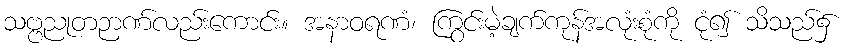
သဗ္ဗညုတဉာဏ်လည်းကောင်း။ အနာဝရဏံ၊ ကြွင်းမဲ့ချက်ကုန်အလုံးစုံကို ငုံ၍ သိသည်၌